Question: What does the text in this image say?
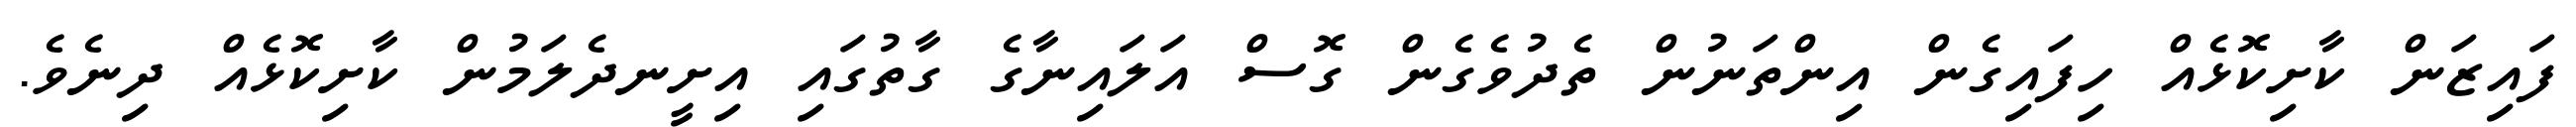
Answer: ފައިޒަން ކާށިކޮޅެއް ހިފައިގެން އިންތަނުން ތެދުވެގެން ގޮސް އަލައިނާގެ ގާތުގައި އިށީނދެލަމުން ކާށިކޮޅެއް ދިނެވެ.